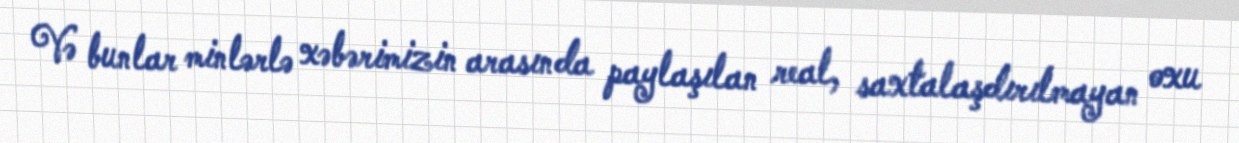
Və bunlar minlərlə xəbərimizin arasında paylaşılan real, saxtalaşdırılmayan oxu